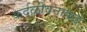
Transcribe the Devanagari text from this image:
कर्दळीवनाकडे